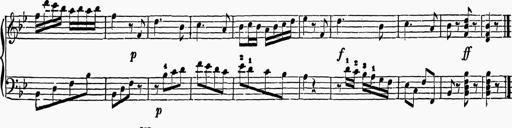
Title: 6 Sonatas
Composer: Muzio Clementi